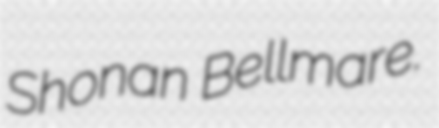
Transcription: Shonan Bellmare.